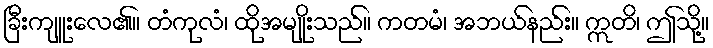
ခြီးကျူးလေ၏။ တံကုလံ၊ ထိုအမျိုးသည်။ ကတမံ၊ အဘယ်နည်း။ ဣတိ၊ ဤသို့။